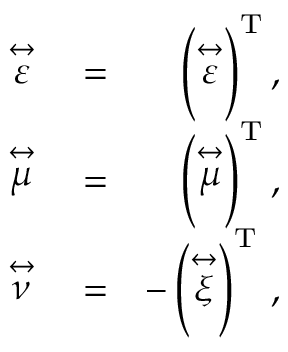
\begin{array} { r l r } { \stackrel { \leftrightarrow } { \varepsilon } } & { { } = } & { \left( \stackrel { \leftrightarrow } { \varepsilon } \right) ^ { \mathrm { T } } , } \\ { \stackrel { \leftrightarrow } { \mu } } & { { } = } & { \left( \stackrel { \leftrightarrow } { \mu } \right) ^ { \mathrm { T } } , } \\ { \stackrel { \leftrightarrow } { \nu } } & { { } = } & { - \left( \stackrel { \leftrightarrow } { \xi } \right) ^ { \mathrm { T } } \, , } \end{array}